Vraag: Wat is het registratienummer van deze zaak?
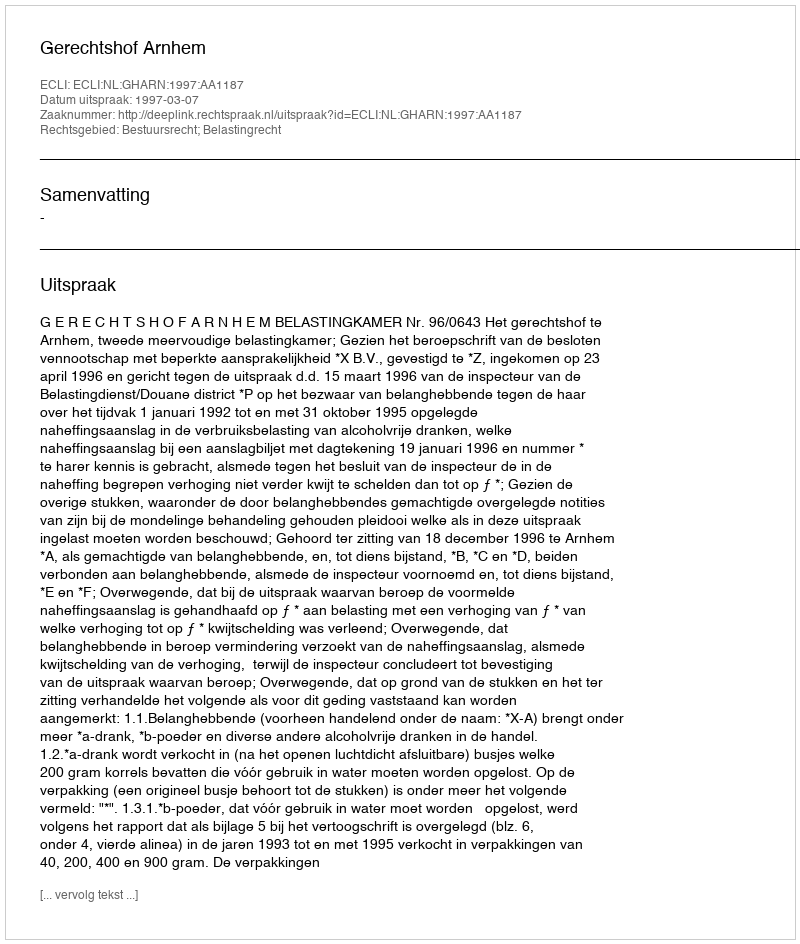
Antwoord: http://deeplink.rechtspraak.nl/uitspraak?id=ECLI:NL:GHARN:1997:AA1187